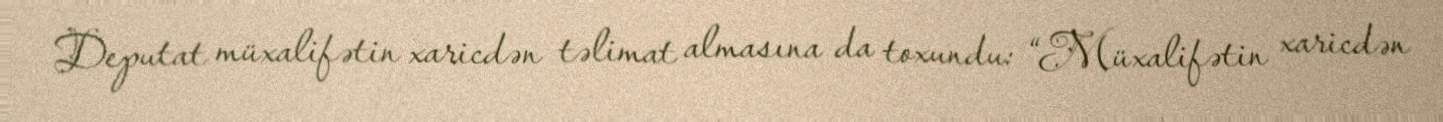
Deputat müxalifətin xaricdən təlimat almasına da toxundu: “Müxalifətin xaricdən